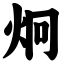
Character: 炯